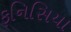
ફનિસિયા